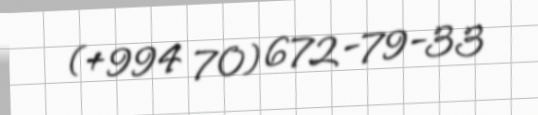
(+994 70) 672-79-33